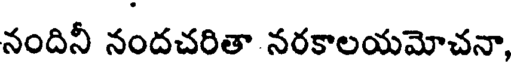
నందినీ నందచరితా నరకాలయమోచనా,